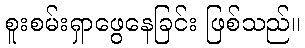
စူးစမ်းရှာဖွေနေခြင်း ဖြစ်သည်။